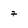
Character: 7